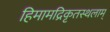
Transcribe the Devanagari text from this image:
हिमामद्रिकृतस्थलाम्